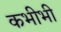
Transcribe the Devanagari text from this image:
कभीभी